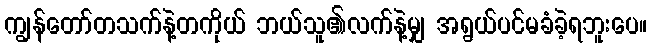
ကျွန်တော်တသက်နဲ့တကိုယ် ဘယ်သူ၏လက်နဲ့မျှ အရွယ်ပင်မခံခဲ့ရဘူးပေ။